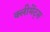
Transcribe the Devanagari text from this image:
क्लीमेंट्स